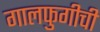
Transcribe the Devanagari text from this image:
गालफुगीची